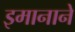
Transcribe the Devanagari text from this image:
इमानाने